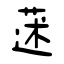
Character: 蒁